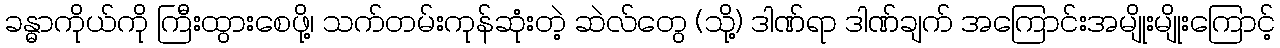
ခန္ဓာကိုယ်ကို ကြီးထွားစေဖို့၊ သက်တမ်းကုန်ဆုံးတဲ့ ဆဲလ်တွေ (သို့) ဒါဏ်ရာ ဒါဏ်ချက် အကြောင်းအမျိုးမျိုးကြောင့်